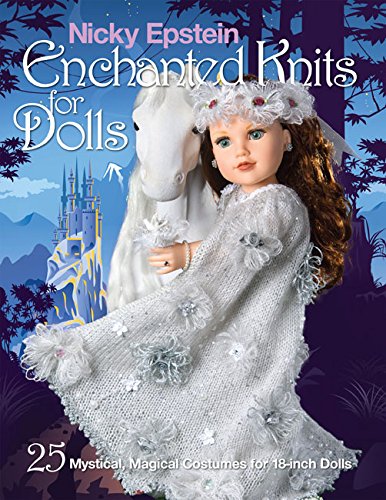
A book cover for Nicky Epstein Enchanted Knits for Dolls: 25 Mystical, Magical Costumes for 18-Inch Dolls; Nicky Epstein; Crafts, Hobbies & Home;